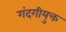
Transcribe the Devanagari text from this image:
गंदगीयुक्त